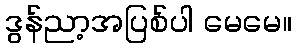
ဒွန်ညာ့အပြစ်ပါ မေမေ။